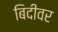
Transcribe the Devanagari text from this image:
बिदीवर